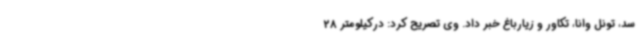
سد، تونل وانا، تکاور و زیارباغ خبر داد. وی تصریح کرد: درکیلومتر 28